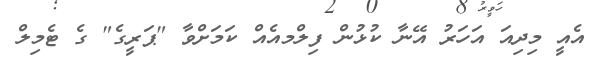
އެއީ މިދިއަ އަހަރު އޭނާ ކުޅުން ފިލްމއެއް ކަމަށްވާ "ޕަރީގެ" ގެ ޓެމިލް